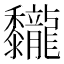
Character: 𪐖